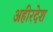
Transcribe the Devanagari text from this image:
अहीरदेश